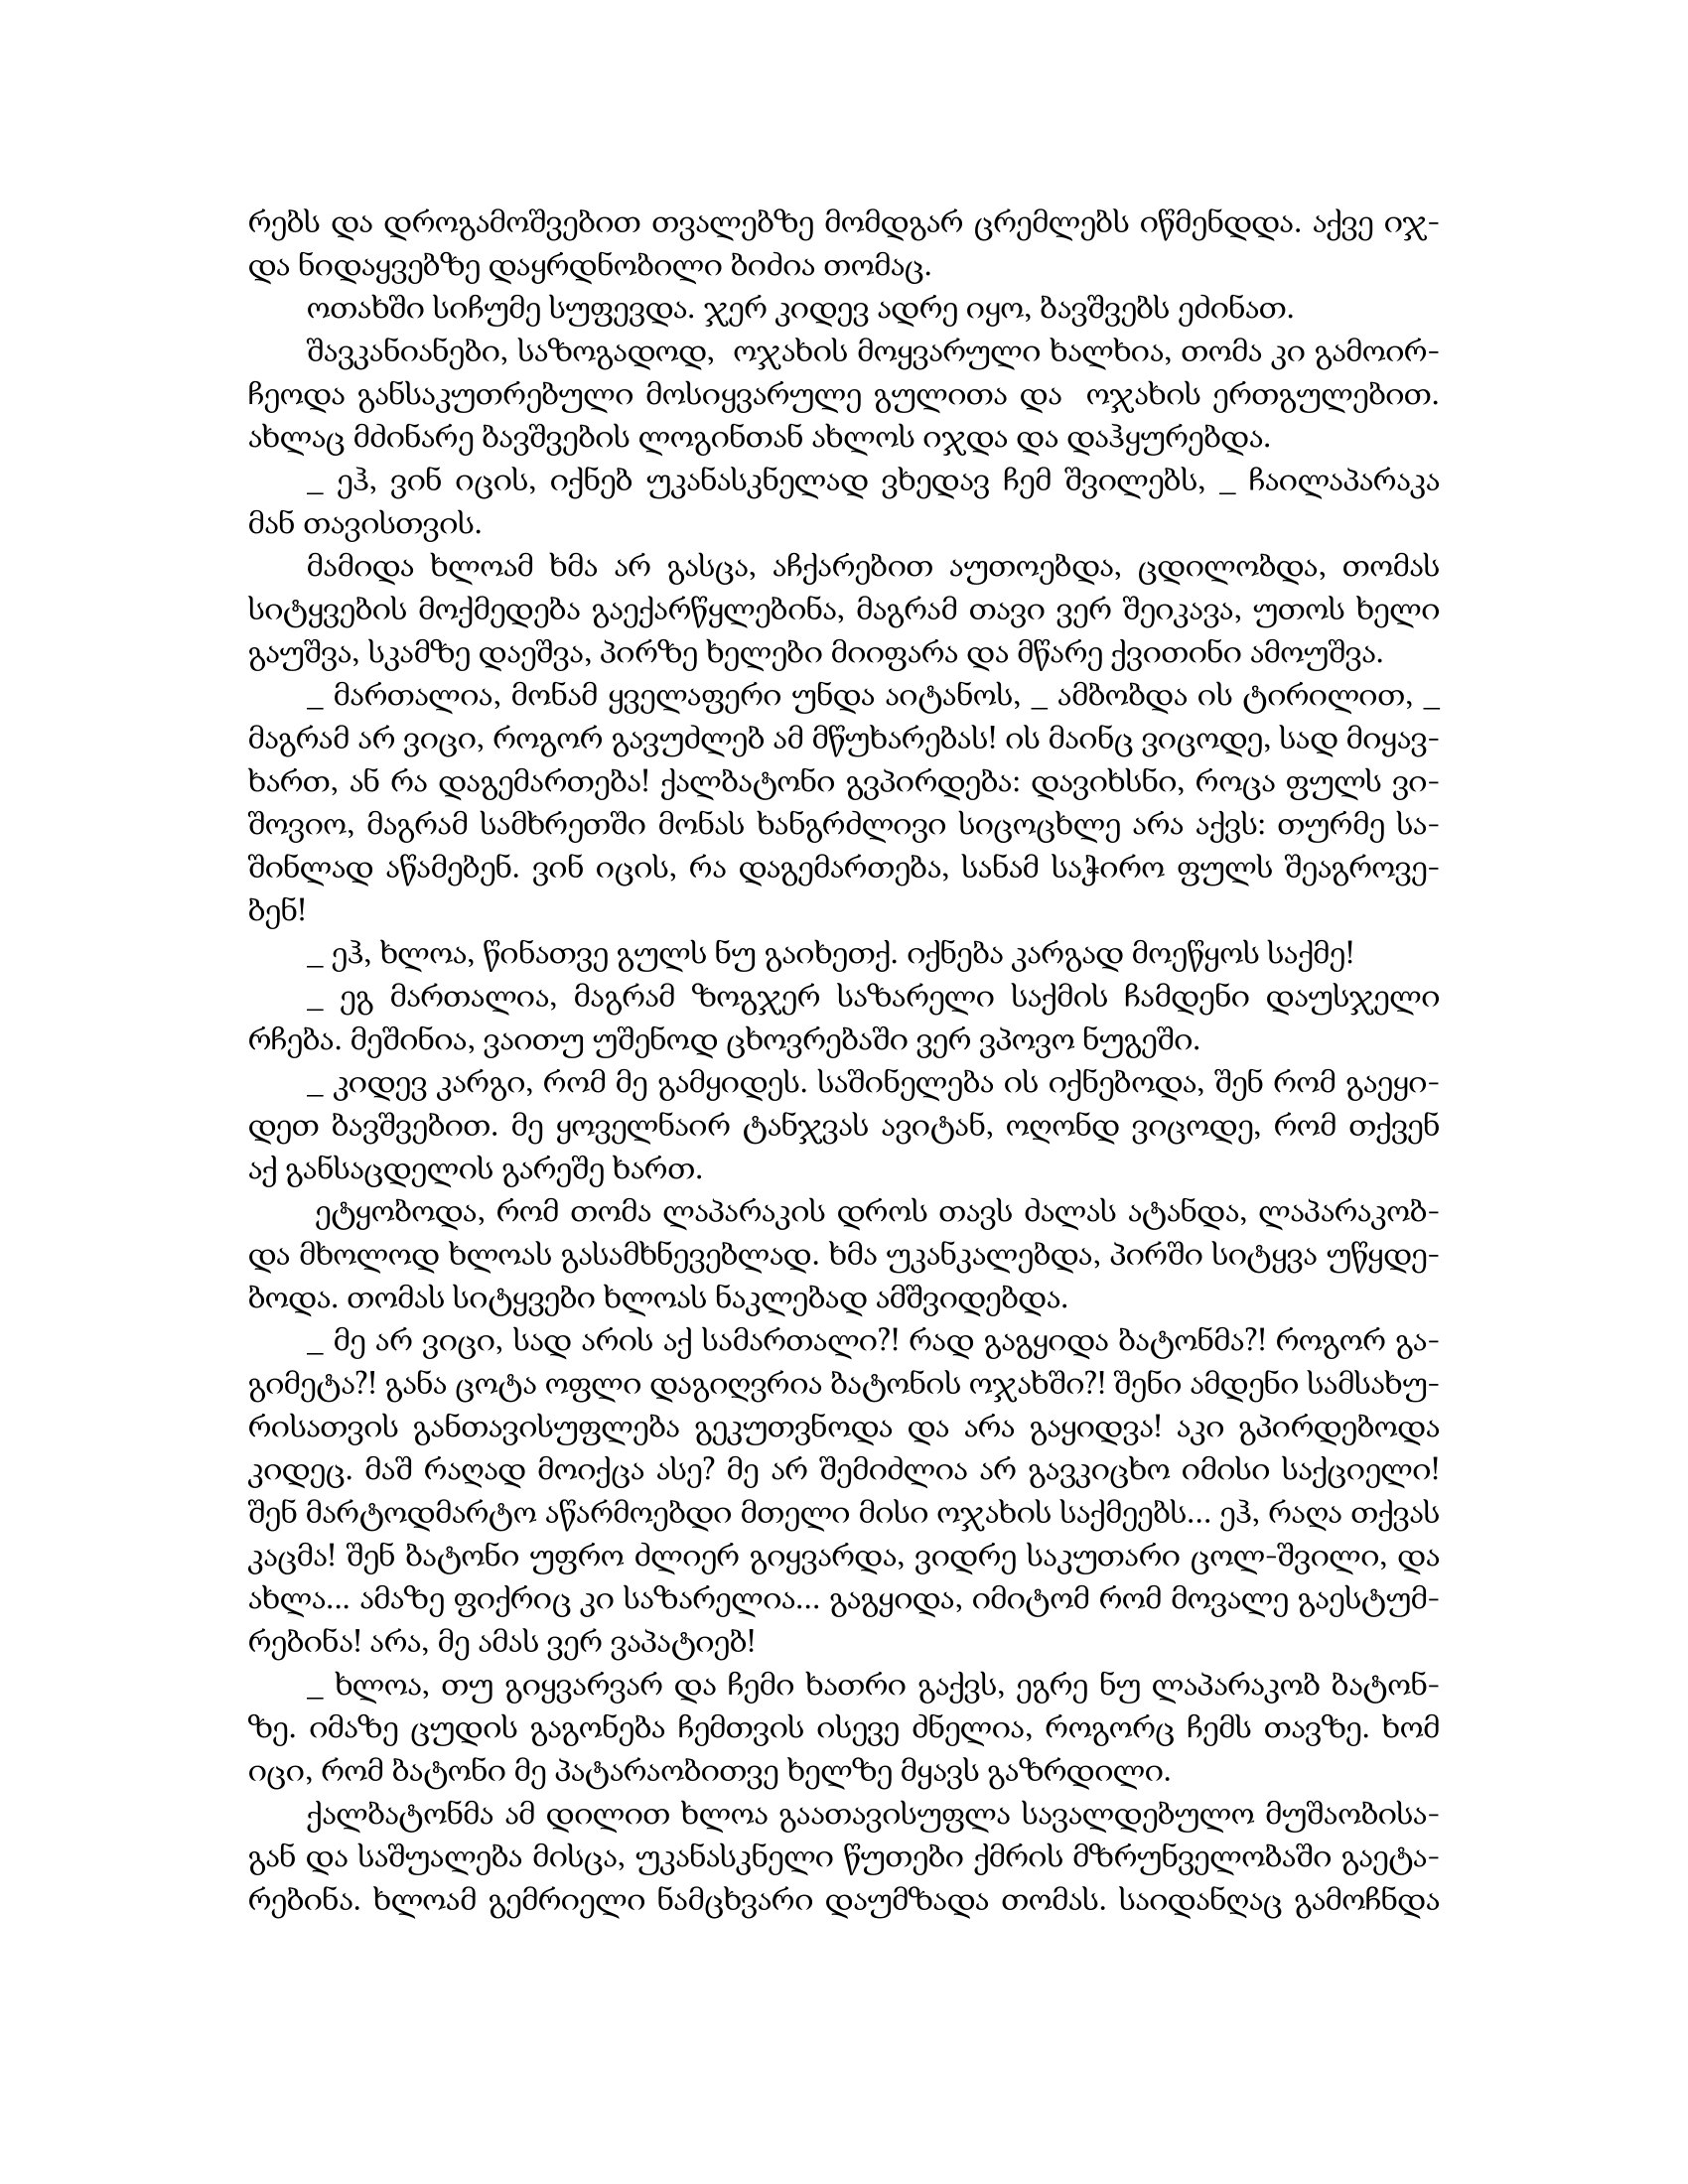
Language: gr